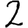
Digit: 2